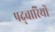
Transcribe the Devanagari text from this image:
पद्चारियों